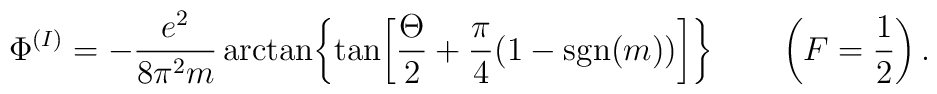
\Phi^{(I)}=-{e^2\over8\pi^2m}\arctan\biggl\{\tan\biggl[{\Theta\over2}+{\pi\over4}\bigl(1-{\rm sgn}(m)\bigr)\biggr]\biggr\}\qquad\left(F=\frac{1}{2}\right).